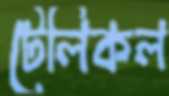
টেলিকল